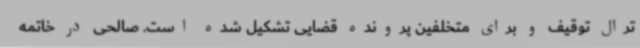
ترال توقیف و برای متخلفین پرونده قضایی تشکیل شده است. صالحی در خاتمه